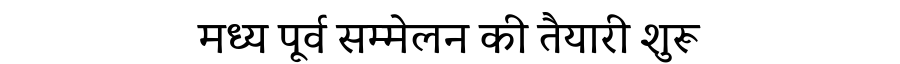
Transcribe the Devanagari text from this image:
मध्य पूर्व सम्मेलन की तैयारी शुरू